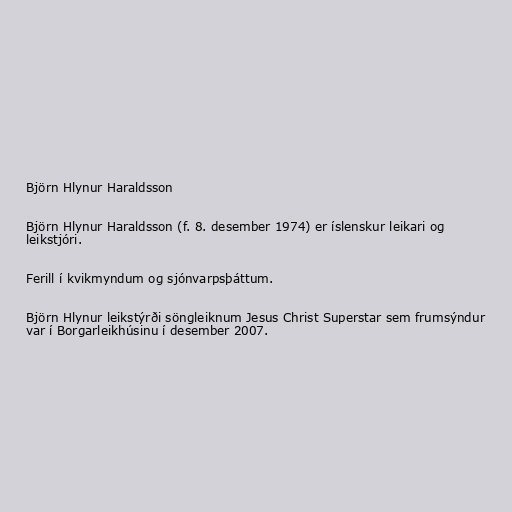
Björn Hlynur Haraldsson

Björn Hlynur Haraldsson (f. 8. desember 1974) er íslenskur leikari og
leikstjóri.

Ferill í kvikmyndum og sjónvarpsþáttum.

Björn Hlynur leikstýrði söngleiknum Jesus Christ Superstar sem frumsýndur
var í Borgarleikhúsinu í desember 2007.